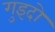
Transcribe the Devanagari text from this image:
गुइदो